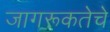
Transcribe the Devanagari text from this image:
जागरूकतेचे